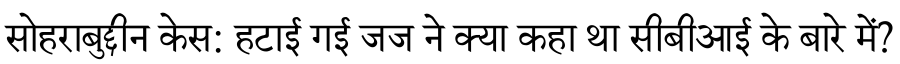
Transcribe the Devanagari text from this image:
सोहराबुद्दीन केस: हटाई गई जज ने क्या कहा था सीबीआई के बारे में?